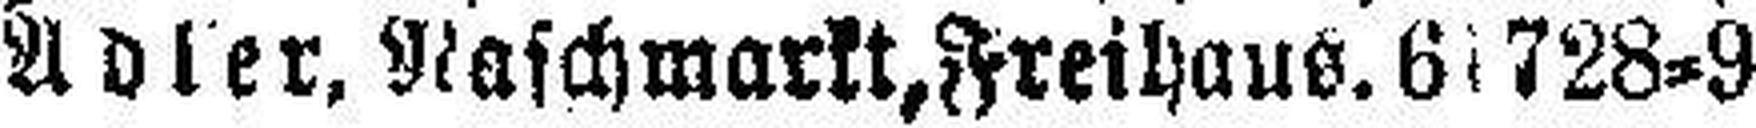
Adler, Naschmarkt, Freihaus. 61728=9